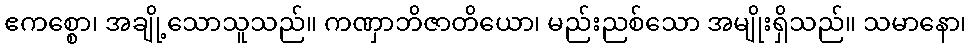
ဧကစ္စော၊ အချို့သောသူသည်။ ကဏှာဘိဇာတိယော၊ မည်းညစ်သော အမျိုးရှိသည်။ သမာနော၊